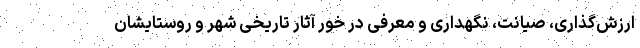
ارزش‌گذاری، صیانت، نگهداری و معرفی در خور آثار تاریخی شهر و روستایشان